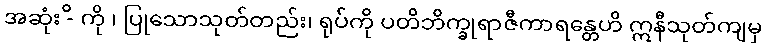
အဆုံး -ိ ကို ၊ ပြုသောသုတ်တည်း၊ ရုပ်ကို ပတိဘိက္ခုရာဇီကာရန္တေဟိ ဣနီသုတ်ကျမှ